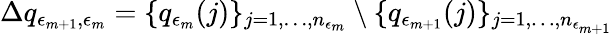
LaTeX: \Delta q_{\epsilon_{m+1},\epsilon_{m}}=\{ q_{\epsilon_{m}}(j)\} _{j=1,\dots,n_{\epsilon_{m}}}\setminus\{ q_{\epsilon_{m+1}}(j)\} _{j=1,\dots,n_{\epsilon_{m+1}}}